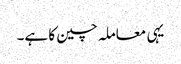
یہی معاملہ چین کا ہے۔